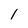
Character: l